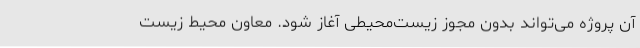
آن پروژه می‌تواند بدون مجوز زیست‌محیطی آغاز شود. معاون محیط زیست